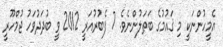
އެމީހުންނަކީ މި ޤައުމުގެ ބަޠަލުންނެވެ. 7 ފެބުރުއަރީ 2012 ވީ ބުދަދުވަހު ޖުމްހޫރީ